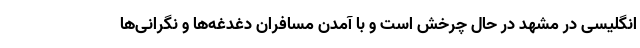
انگلیسی در مشهد در حال چرخش است و با آمدن مسافران دغدغه‌ها و نگرانی‌ها